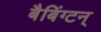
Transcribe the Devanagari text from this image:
बैबिंग्टन्